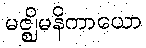
မဇ္ဈိမနိကာယော